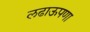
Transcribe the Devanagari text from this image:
लढाऊपणा